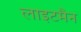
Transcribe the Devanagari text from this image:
लाइटमैन